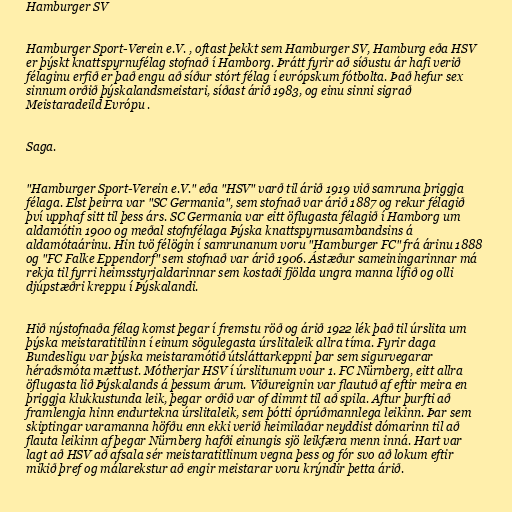
Hamburger SV

Hamburger Sport-Verein e.V. , oftast þekkt sem Hamburger SV, Hamburg eða HSV
er þýskt knattspyrnufélag stofnað í Hamborg. Þrátt fyrir að síðustu ár hafi verið
félaginu erfið er það engu að síður stórt félag í evrópskum fótbolta. Það hefur sex
sinnum orðið þýskalandsmeistari, síðast árið 1983, og einu sinni sigrað
Meistaradeild Evrópu .

Saga.

"Hamburger Sport-Verein e.V." eða "HSV" varð til árið 1919 við samruna þriggja
félaga. Elst þeirra var "SC Germania", sem stofnað var árið 1887 og rekur félagið
því upphaf sitt til þess árs. SC Germania var eitt öflugasta félagið í Hamborg um
aldamótin 1900 og meðal stofnfélaga Þýska knattspyrnusambandsins á
aldamótaárinu. Hin tvö félögin í samrunanum voru "Hamburger FC" frá árinu 1888
og "FC Falke Eppendorf" sem stofnað var árið 1906. Ástæður sameiningarinnar má
rekja til fyrri heimsstyrjaldarinnar sem kostaði fjölda ungra manna lífið og olli
djúpstæðri kreppu í Þýskalandi.

Hið nýstofnaða félag komst þegar í fremstu röð og árið 1922 lék það til úrslita um
þýska meistaratitilinn í einum sögulegasta úrslitaleik allra tíma. Fyrir daga
Bundesligu var þýska meistaramótið útsláttarkeppni þar sem sigurvegarar
héraðsmóta mættust. Mótherjar HSV í úrslitunum vour 1. FC Nürnberg, eitt allra
öflugasta lið Þýskalands á þessum árum. Viðureignin var flautuð af eftir meira en
þriggja klukkustunda leik, þegar orðið var of dimmt til að spila. Aftur þurfti að
framlengja hinn endurtekna úrslitaleik, sem þótti óprúðmannlega leikinn. Þar sem
skiptingar varamanna höfðu enn ekki verið heimilaðar neyddist dómarinn til að
flauta leikinn af þegar Nürnberg hafði einungis sjö leikfæra menn inná. Hart var
lagt að HSV að afsala sér meistaratitlinum vegna þess og fór svo að lokum eftir
mikið þref og málarekstur að engir meistarar voru krýndir þetta árið.